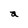
Character: a